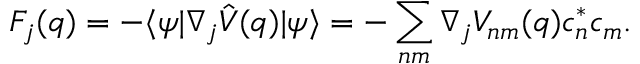
F _ { j } ( q ) = - \langle \psi | \nabla _ { j } \hat { V } ( q ) | \psi \rangle = - \sum _ { n m } \nabla _ { j } V _ { n m } ( q ) c _ { n } ^ { * } c _ { m } .